Civil Veterinary Dept. Bombay admin report 1932-41 - 1932-1941
Year: 1932
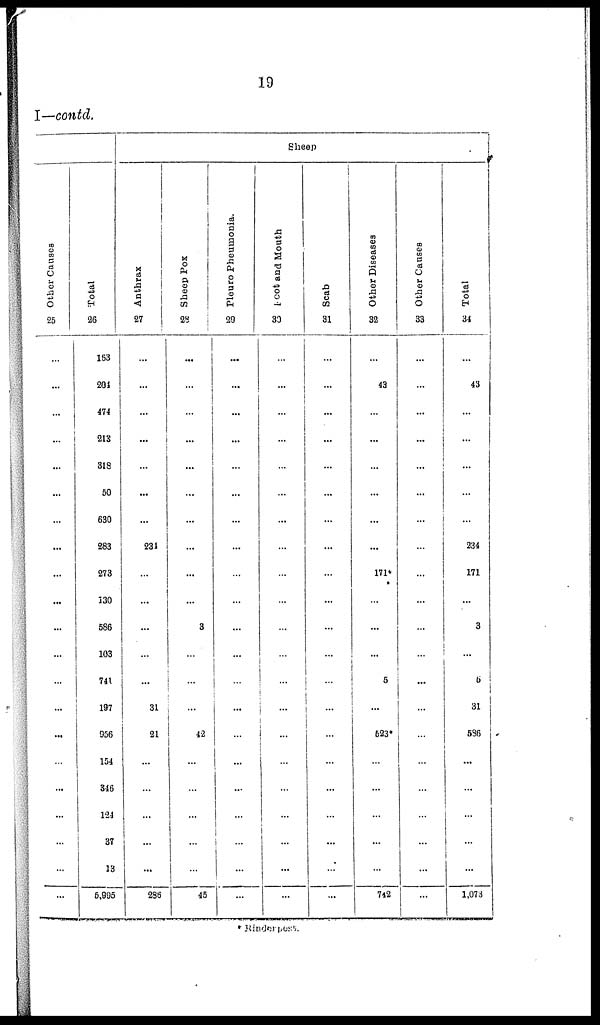
19
I—contd.
Other Causes
25
...
...
...
...
...
...
...
...
...
...
...
...
...
...
...
...
...
...
...
...
...
Total
26
183
201
474
213
318
50
630
283
273
130
586
103
741
197
956
154
346
124
37
13
5,995
Sheep
Anthrax
27
...
...
...
...
...
...
...
231
...
...
...
...
...
31
21
...
...
...
...
...
286
Sheep Pox
28
...
...
...
...
...
...
...
...
...
...
3
...
...
...
42
...
...
...
...
...
45
Pleuro Pheumonia.
29
...
...
...
...
...
...
...
...
...
...
...
...
...
...
...
...
...
...
...
...
...
Foot and Mouth
30
...
...
...
...
...
...
...
...
...
...
...
...
...
...
...
...
...
...
...
...
...
Scab
31
...
...
...
...
...
...
...
...
...
...
...
...
...
...
...
...
...
...
...
...
...
Other Diseases
32
...
43
...
...
...
...
...
...
171*
...
...
...
5
...
523*
...
...
...
...
...
742
Other Causes
33
...
...
...
...
...
...
...
...
...
...
...
...
...
...
...
...
...
...
...
...
...
Total
34
...
43
...
...
...
...
...
234
171
...
3
...
5
31
536
...
...
...
...
...
1,073
* Rinderpest.